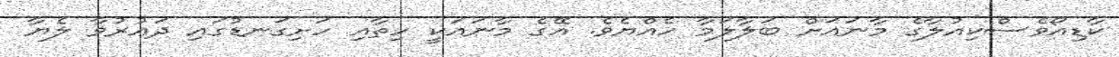
ކާޑިއޯވެސްކިއުލާގެ މާނައަށް ބަލާލަމާ ހެއްޔެވެ. އޭގެ މާނައަކީ ހިތާއި ހަށިގަނޑުގައި ދައުރުވާ ލެޔާ